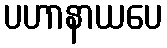
ပဟာနာယပေ